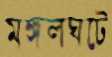
মঙ্গলঘটে